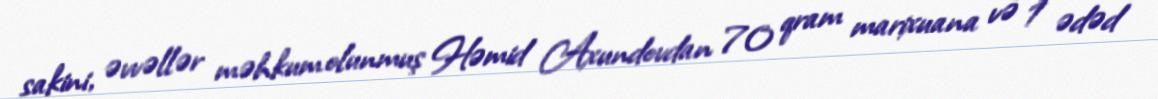
sakini, əvvəllər məhkum olunmuş Həmid Axundovdan 70 qram marixuana və 1 ədəd